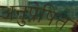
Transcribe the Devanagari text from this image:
अनुप्रेषित